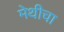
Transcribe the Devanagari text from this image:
मेथीचा